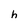
Character: h